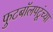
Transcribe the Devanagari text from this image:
फुटबॉलपटूंच्या